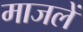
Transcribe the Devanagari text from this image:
माजलें